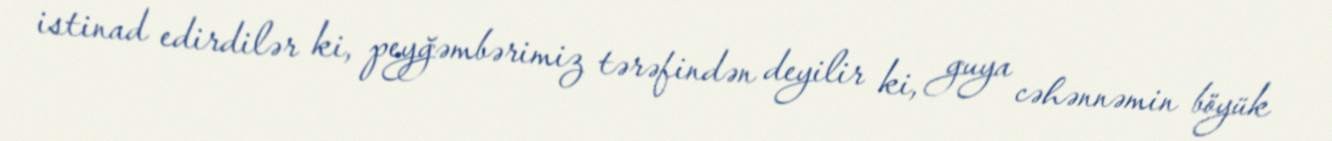
istinad edirdilər ki, peyğəmbərimiz tərəfindən deyilir ki, guya cəhənnəmin böyük